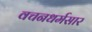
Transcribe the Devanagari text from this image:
वचनधर्मसार